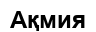
Ақмия